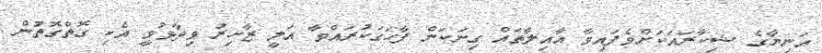
އަނިޔާގެ ޝިކާރައަކަށްވެފައިވާ އާއިލާތައް ގިނަކަން ފާހަގަކުރައްވާ އަލީ ޒާހިރު ވިދާޅުވީ އެކި ގޮތްގޮތުން